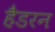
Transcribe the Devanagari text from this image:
हैडरन